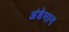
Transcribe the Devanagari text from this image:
अंडेमान